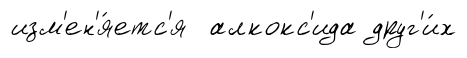
изм'ен'я́етс'я алкокс'ида друг'и́х